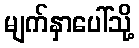
မျက်နှာပေါ်သို့